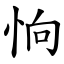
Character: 恦